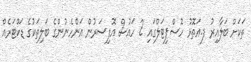
ތަކަށް ބަލާއިރު ފ.އަތޮޅު ހޮސްޕިޓަލްގައި 2 ހައުސް އޮފިސަރުން އަންހެނުންގެ ބަލިތަކުގެ ޑަކްޓަރެއް